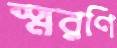
স্মরণি